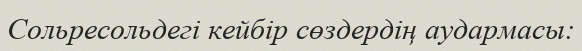
Сольресольдегі кейбір сөздердің аудармасы: